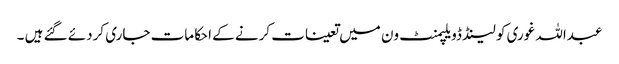
عبداللہ غوری کو لینڈ ڈویلپمنٹ ون میں تعینات کرنے کے احکامات جاری کردئے گئے ہیں ۔